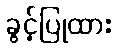
ခွင့်ပြုထား